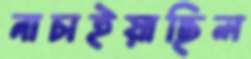
নাচাইয়াছিল